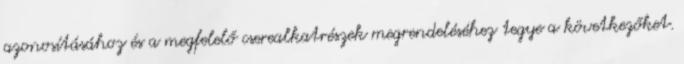
azonosításához és a megfelelő cserealkatrészek megrendeléséhez tegye a következőket.